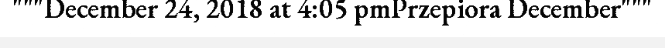
"""December 24, 2018 at 4:05 pmPrzepiora December"""